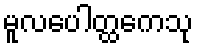
မူလပေါတ္ထကေသု